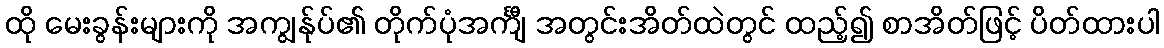
ထို မေးခွန်းများကို အကျွန်ုပ်၏ တိုက်ပုံအင်္ကျီ အတွင်းအိတ်ထဲတွင် ထည့်၍ စာအိတ်ဖြင့် ပိတ်ထားပါ